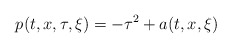
\begin{align*}p(t, x, \tau, \xi )=-\tau^2+a(t, x, \xi )\end{align*}